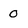
Character: 0